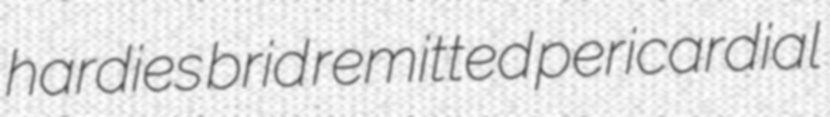
hardies brid remitted pericardial